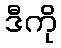
ဒီကို